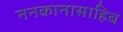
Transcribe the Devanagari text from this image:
ननकानासाहिब